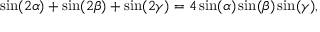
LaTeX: \sin ( 2 \alpha ) + \sin ( 2 \beta ) + \sin ( 2 \gamma ) = 4 \sin ( \alpha ) \sin ( \beta ) \sin ( \gamma ) ,